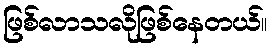
ဖြစ်လာသလိုဖြစ်နေတယ်။